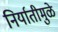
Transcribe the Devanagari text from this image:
निर्यातीमुळे